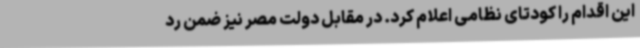
این اقدام را کودتای نظامی اعلام کرد. در مقابل دولت مصر نیز ضمن رد